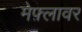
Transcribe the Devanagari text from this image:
मेफ़्लावर